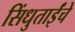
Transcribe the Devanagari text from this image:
सिंधुताईंचे